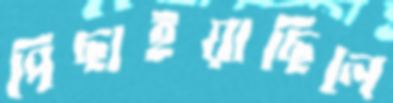
পিছাইয়াছিলে